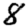
Digit: 8